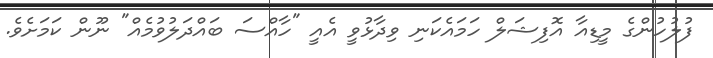
ފުލުހުންގެ މީޑިއާ އޮފިޝަލް ހަމައެކަނި ވިދާޅުވީ އެއީ "ހާއްސަ ބައްދަލުވުމެއް" ނޫން ކަމަށެވެ.